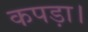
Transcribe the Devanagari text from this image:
कपड़ा।